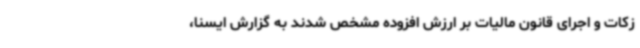
زکات و اجرای قانون مالیات بر ارزش افزوده مشخص شدند به گزارش ایسنا،